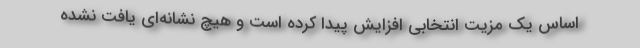
اساس یک مزیت انتخابی افزایش پیدا کرده است و هیچ نشانه‌ای یافت نشده